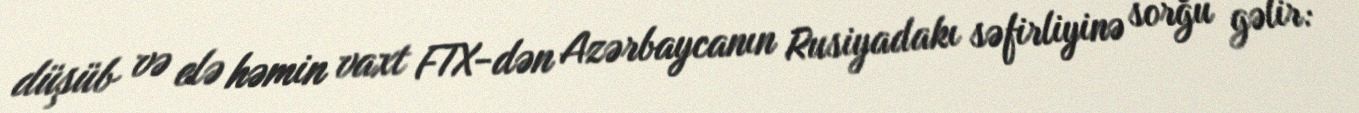
düşüb və elə həmin vaxt FTX-dən Azərbaycanın Rusiyadakı səfirliyinə sorğu gəlir: